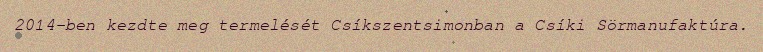
2014-ben kezdte meg termelését Csíkszentsimonban a Csíki Sörmanufaktúra.